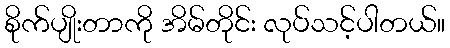
စိုက်ပျိုးတာကို အိမ်တိုင်း လုပ်သင့်ပါတယ်။